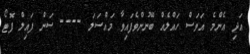
އަދި އެންމެ އަވަސް ހައްލެއް ބޭނުންވެފައިވާ މައްސަލަ ---- ސަން ފައިލް ފޮޓޯ